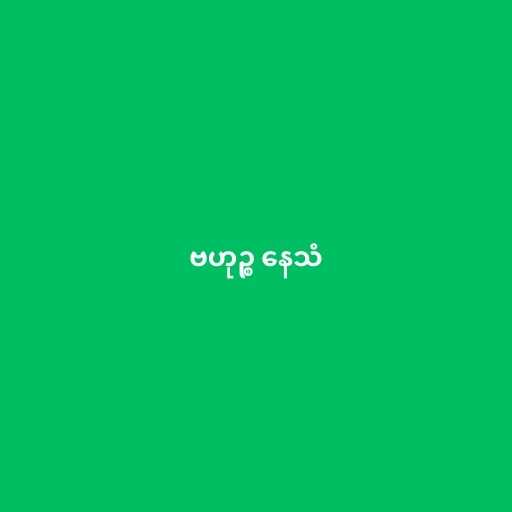
ဗဟုဉ္စ နေသံ